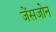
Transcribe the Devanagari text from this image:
जेंसजोन